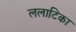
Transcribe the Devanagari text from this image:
ललाटिका